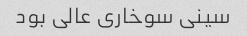
سینی سوخاری عالی بود